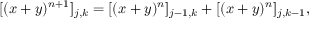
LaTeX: [ ( x + y ) ^ { n + 1 } ] _ { j , k } = [ ( x + y ) ^ { n } ] _ { j - 1 , k } + [ ( x + y ) ^ { n } ] _ { j , k - 1 } ,